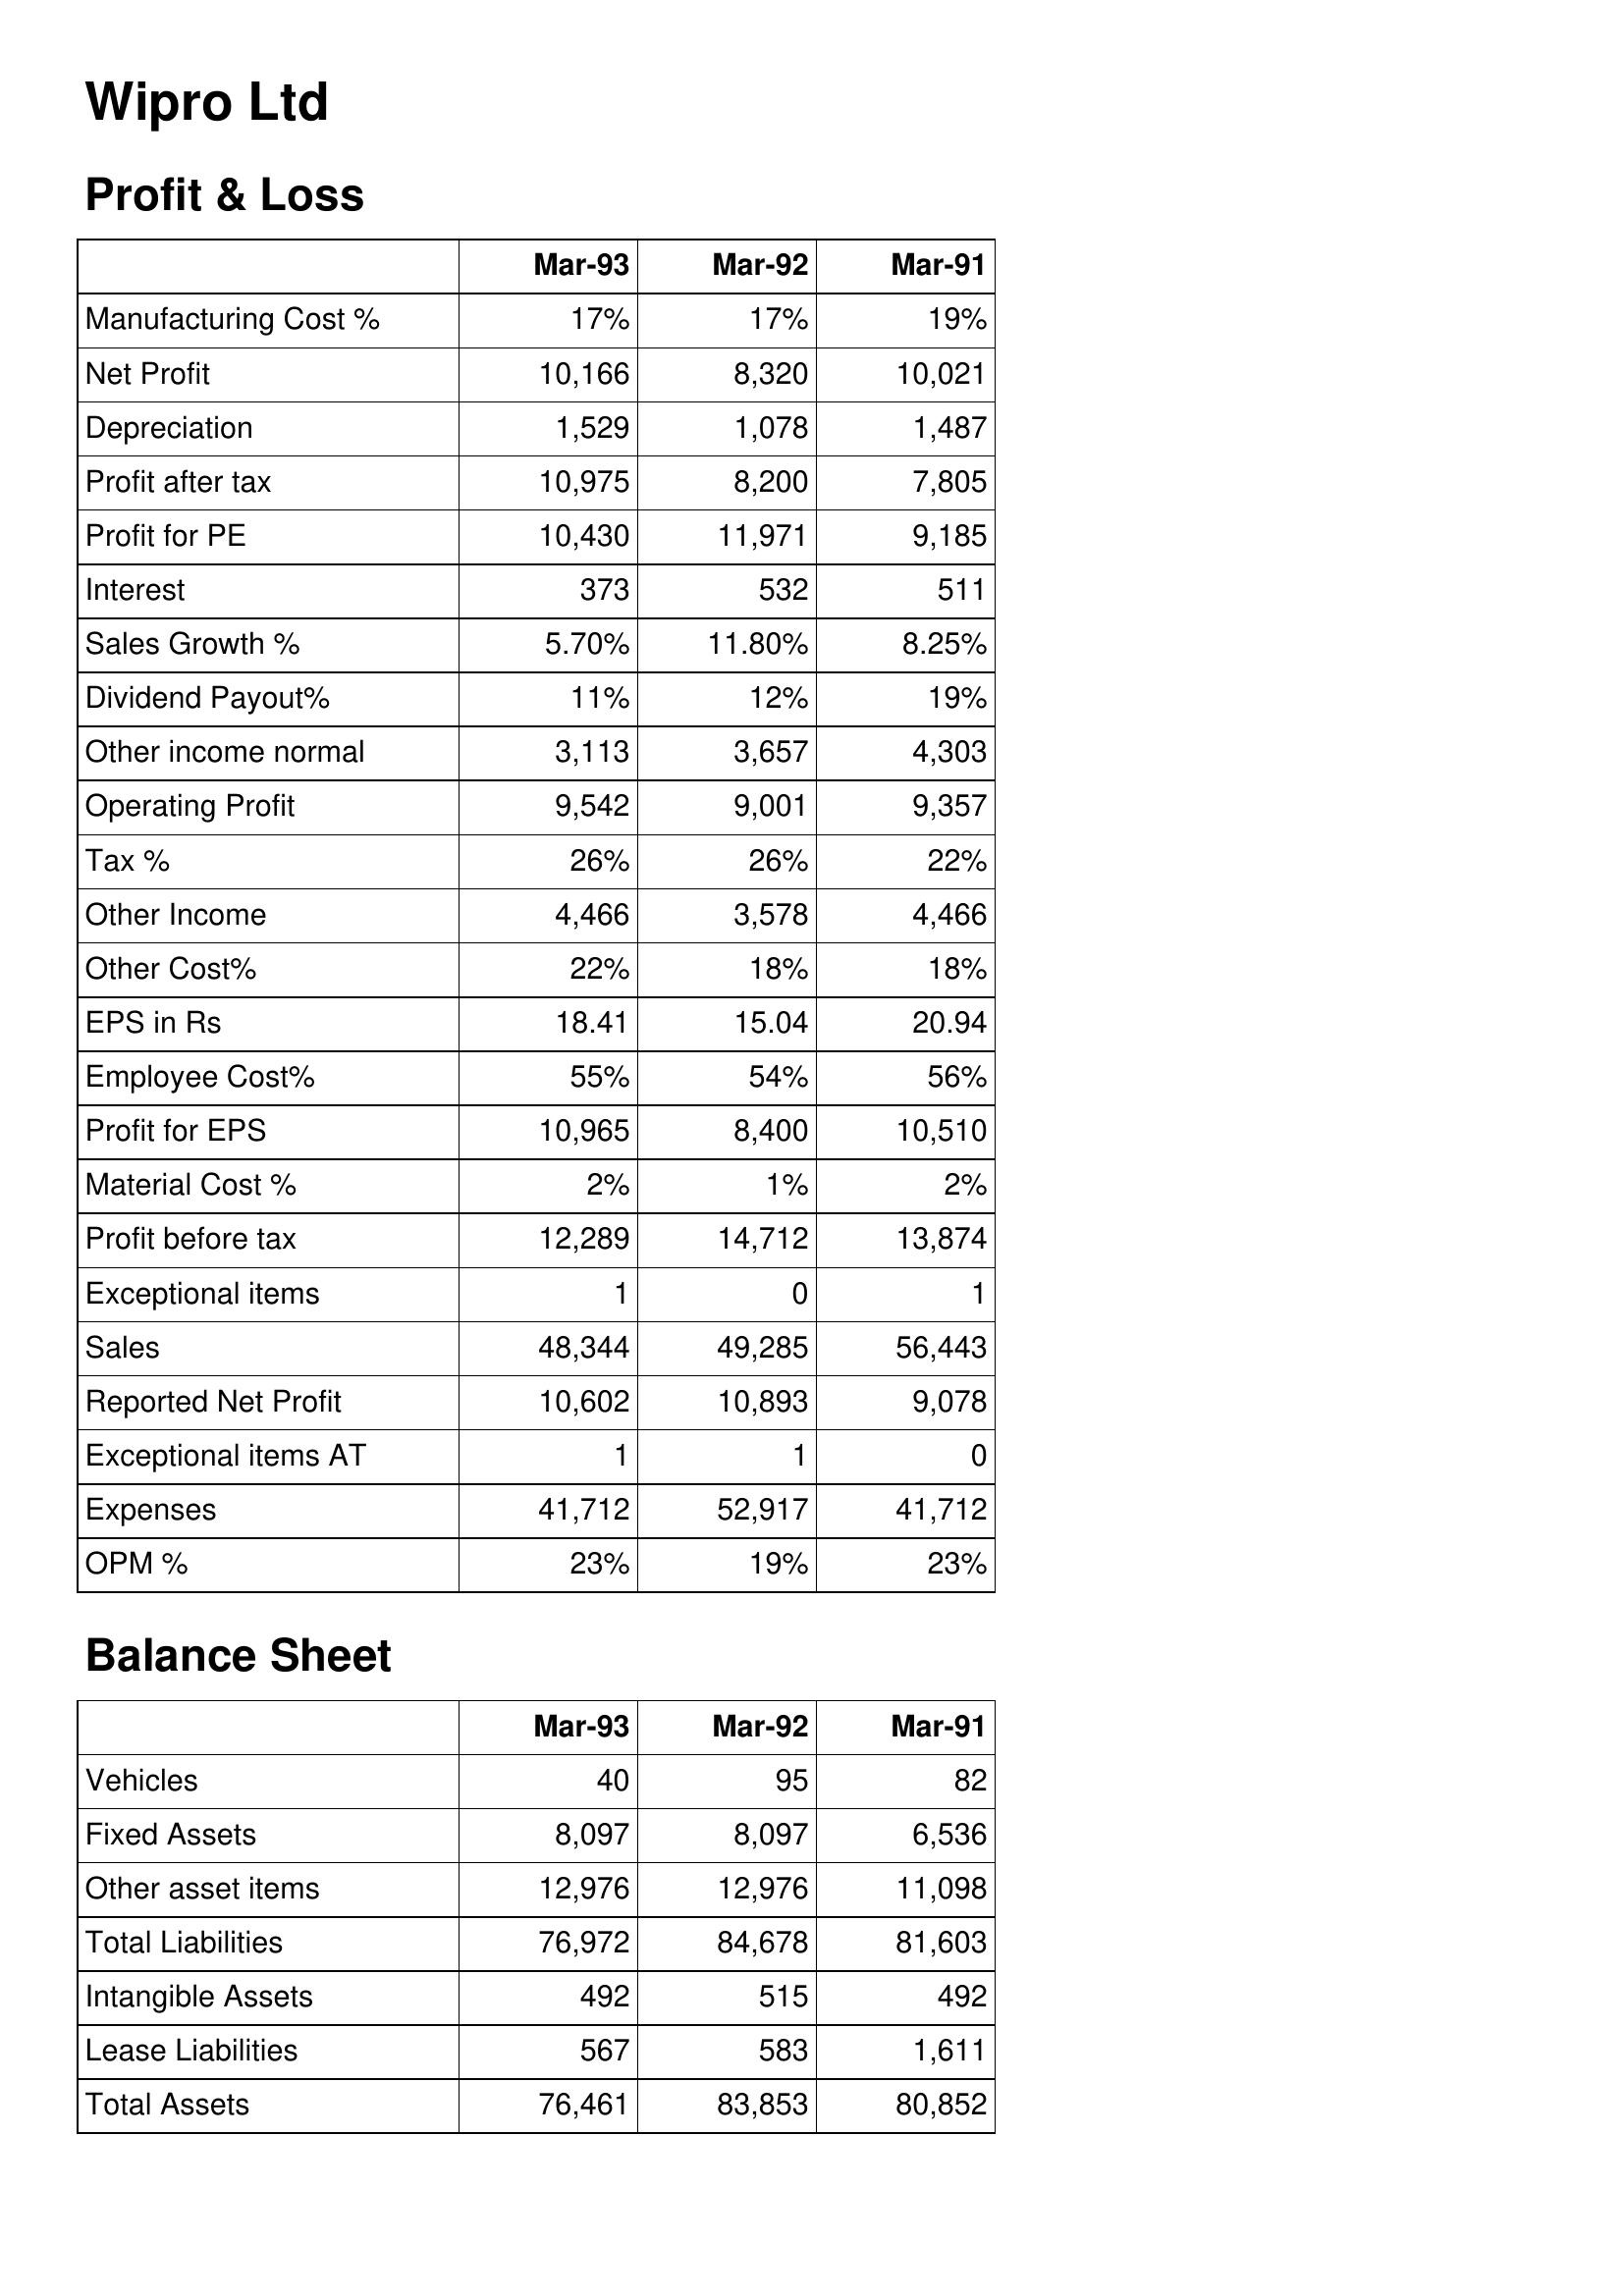
Mar-93: Profit & Loss: Manufacturing Cost %: 17%
Net Profit: 10,166
Depreciation: 1,529
Profit after tax: 10,975
Profit for PE: 10,430
Interest: 373
Sales Growth %: 5.70%
Dividend Payout%: 11%
Other income normal: 3,113
Operating Profit: 9,542
Tax %: 26%
Other Income: 4,466
Other Cost%: 22%
EPS in Rs: 18.41
Employee Cost%: 55%
Profit for EPS: 10,965
Material Cost %: 2%
Profit before tax: 12,289
Exceptional items: 1
Sales: 48,344
Reported Net Profit: 10,602
Exceptional items AT: 1
Expenses: 41,712
OPM %: 23%
Balance Sheet: Vehicles: 40
Fixed Assets: 8,097
Other asset items: 12,976
Total Liabilities: 76,972
Intangible Assets: 492
Lease Liabilities: 567
Total Assets: 76,461
Mar-92: Profit & Loss: Manufacturing Cost %: 17%
Net Profit: 8,320
Depreciation: 1,078
Profit after tax: 8,200
Profit for PE: 11,971
Interest: 532
Sales Growth %: 11.80%
Dividend Payout%: 12%
Other income normal: 3,657
Operating Profit: 9,001
Tax %: 26%
Other Income: 3,578
Other Cost%: 18%
EPS in Rs: 15.04
Employee Cost%: 54%
Profit for EPS: 8,400
Material Cost %: 1%
Profit before tax: 14,712
Exceptional items: 0
Sales: 49,285
Reported Net Profit: 10,893
Exceptional items AT: 1
Expenses: 52,917
OPM %: 19%
Balance Sheet: Vehicles: 95
Fixed Assets: 8,097
Other asset items: 12,976
Total Liabilities: 84,678
Intangible Assets: 515
Lease Liabilities: 583
Total Assets: 83,853
Mar-91: Profit & Loss: Manufacturing Cost %: 19%
Net Profit: 10,021
Depreciation: 1,487
Profit after tax: 7,805
Profit for PE: 9,185
Interest: 511
Sales Growth %: 8.25%
Dividend Payout%: 19%
Other income normal: 4,303
Operating Profit: 9,357
Tax %: 22%
Other Income: 4,466
Other Cost%: 18%
EPS in Rs: 20.94
Employee Cost%: 56%
Profit for EPS: 10,510
Material Cost %: 2%
Profit before tax: 13,874
Exceptional items: 1
Sales: 56,443
Reported Net Profit: 9,078
Exceptional items AT: 0
Expenses: 41,712
OPM %: 23%
Balance Sheet: Vehicles: 82
Fixed Assets: 6,536
Other asset items: 11,098
Total Liabilities: 81,603
Intangible Assets: 492
Lease Liabilities: 1,611
Total Assets: 80,852